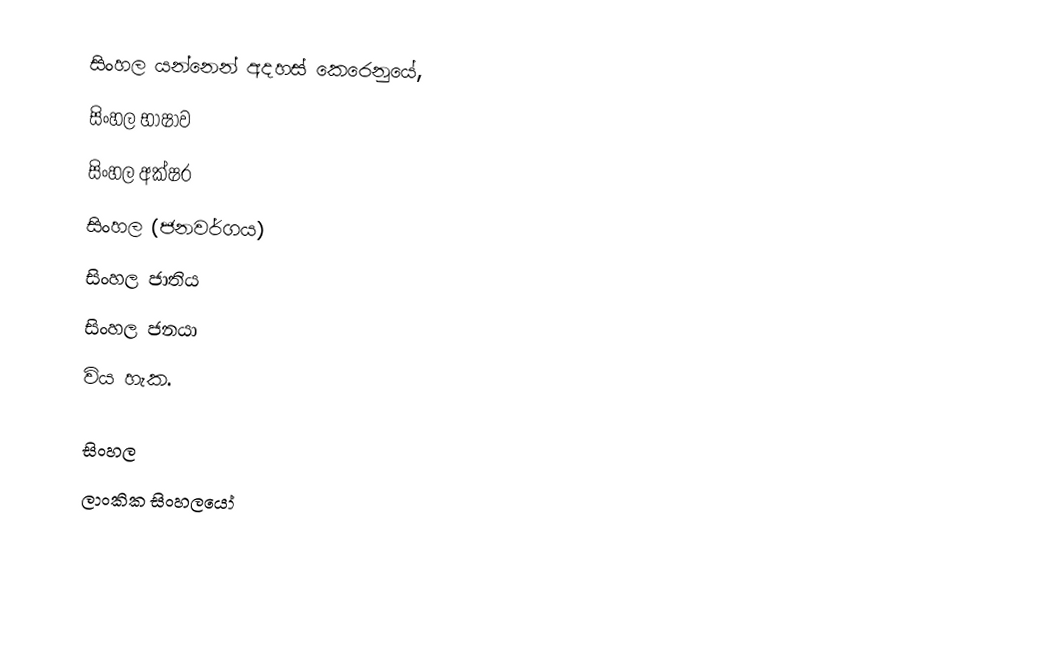
සිංහල යන්නෙන් අදහස් කෙරෙනුයේ,
 සිංහල භාෂාව
 සිංහල අක්ෂර
 සිංහල  (ජනවර්ගය)
 සිංහල ජාතිය
 සිංහල ජනයා
විය හැක.

සිංහල
ලාංකික සිංහලයෝ